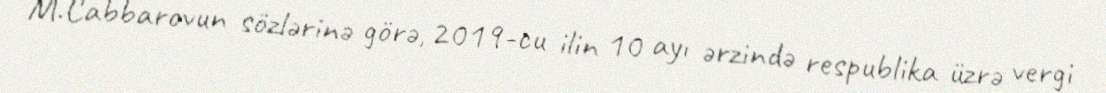
M.Cabbarovun sözlərinə görə, 2019-cu ilin 10 ayı ərzində respublika üzrə vergi